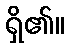
ရှိ၏။